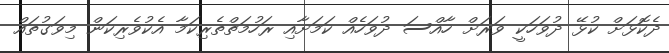
ދެކޮޅަށް ކުޅޭ ދުވަހަކީ ވަރަށް ހާއްސަ ދުވަހެއް ކަމަށާއި ރަހުމަތްތެރިކަމާ އެކުވެރިކަން މިވަގުތައް